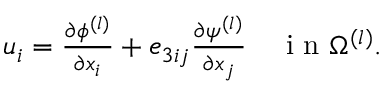
\begin{array} { r } { u _ { i } = \frac { \partial \phi ^ { ( l ) } } { \partial x _ { i } } + e _ { 3 i j } \frac { \partial \psi ^ { ( l ) } } { \partial x _ { j } } \quad \mathrm { ~ i ~ n ~ } \Omega ^ { ( l ) } . } \end{array}